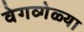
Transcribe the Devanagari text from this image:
वेगव्गेळ्या